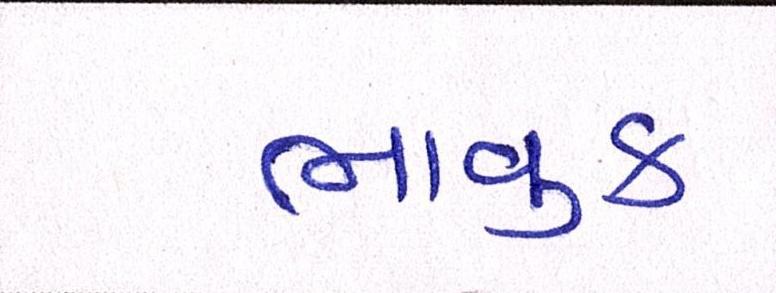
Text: ભાવુક